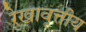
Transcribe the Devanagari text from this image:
रेखावृत्तीय